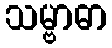
သမ္ဗာဓာ